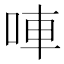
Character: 唓